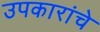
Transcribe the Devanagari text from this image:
उपकारांचे